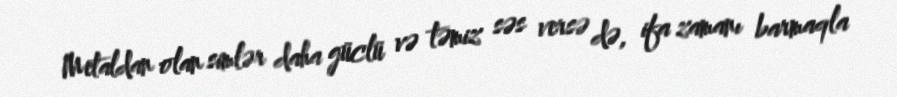
Metaldan olan simlər daha güclü və təmiz səs versə də, ifa zamanı barmaqla